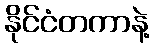
နိုင်ငံတကာနဲ့